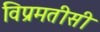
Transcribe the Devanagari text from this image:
विप्रमतीसी